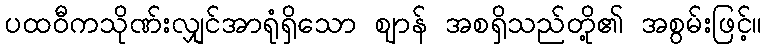
ပထဝီကသိုဏ်းလျှင်အာရုံရှိသော ဈာန် အစရှိသည်တို့၏ အစွမ်းဖြင့်။